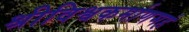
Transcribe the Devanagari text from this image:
श्रीविश्वकर्माणमहं